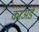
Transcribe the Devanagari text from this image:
काअर्ड